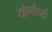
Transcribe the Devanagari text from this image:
योगोऽयं